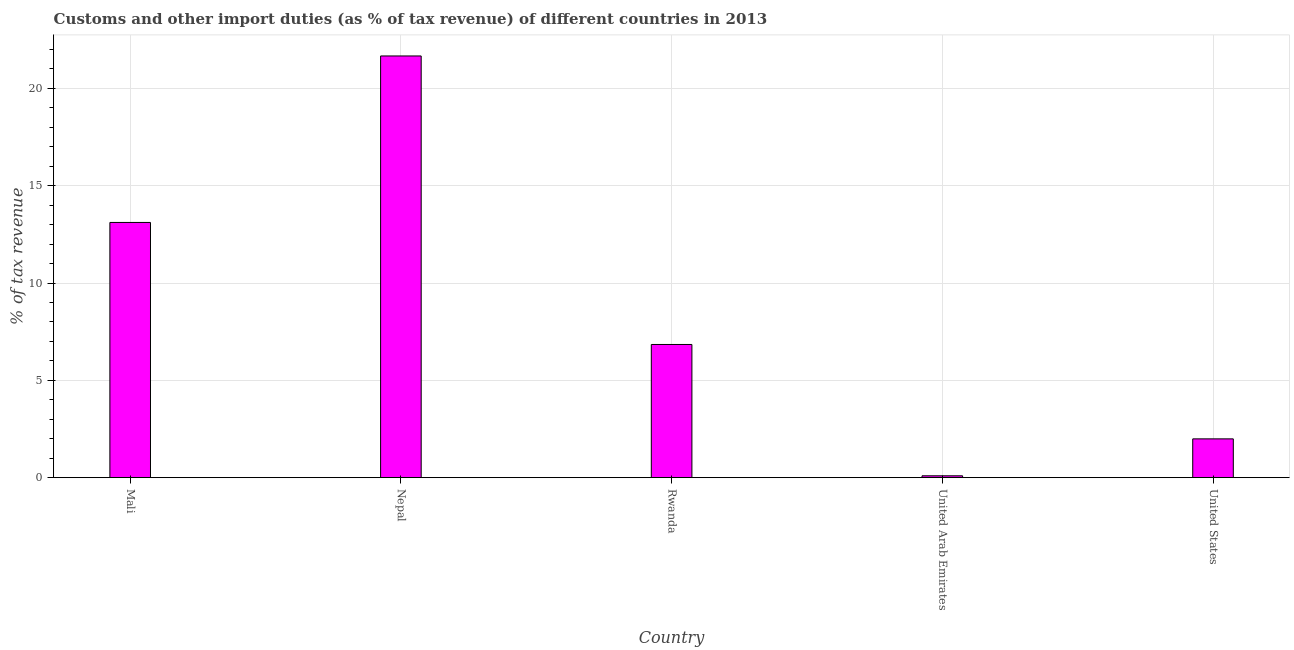
| Country | Customs and other import duties |
 | --- | --- |
 | Mali | 13.1 |
 | Nepal | 21.7 |
 | Rwanda | 6.84 |
 | United Arab Emirates | 0.0946 |
 | United States | 1.99 |